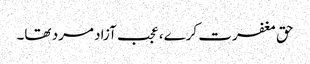
حق مغفرت کرے، عجب آزاد مرد تھا۔